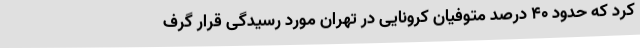
کرد که حدود ۴۰ درصد متوفیان کرونایی در تهران مورد رسیدگی قرار گرف